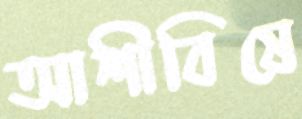
আশীবিষে